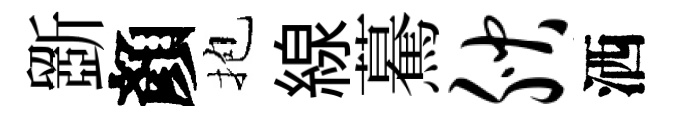
斵顏抱線驀腴洒